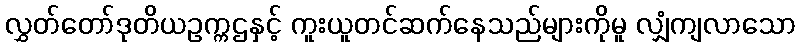
လွှတ်တော်ဒုတိယဥက္ကဌနှင့် ကူးယူတင်ဆက်နေသည်များကိုမူ လျှံကျလာသော